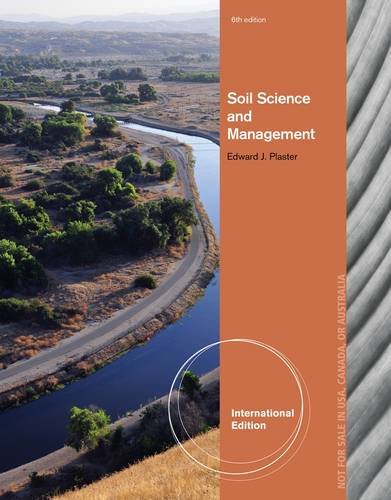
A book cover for Soil Science and Management; Edward J. Plaster; Science & Math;